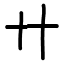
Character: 廾